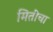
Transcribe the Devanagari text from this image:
मितींचा